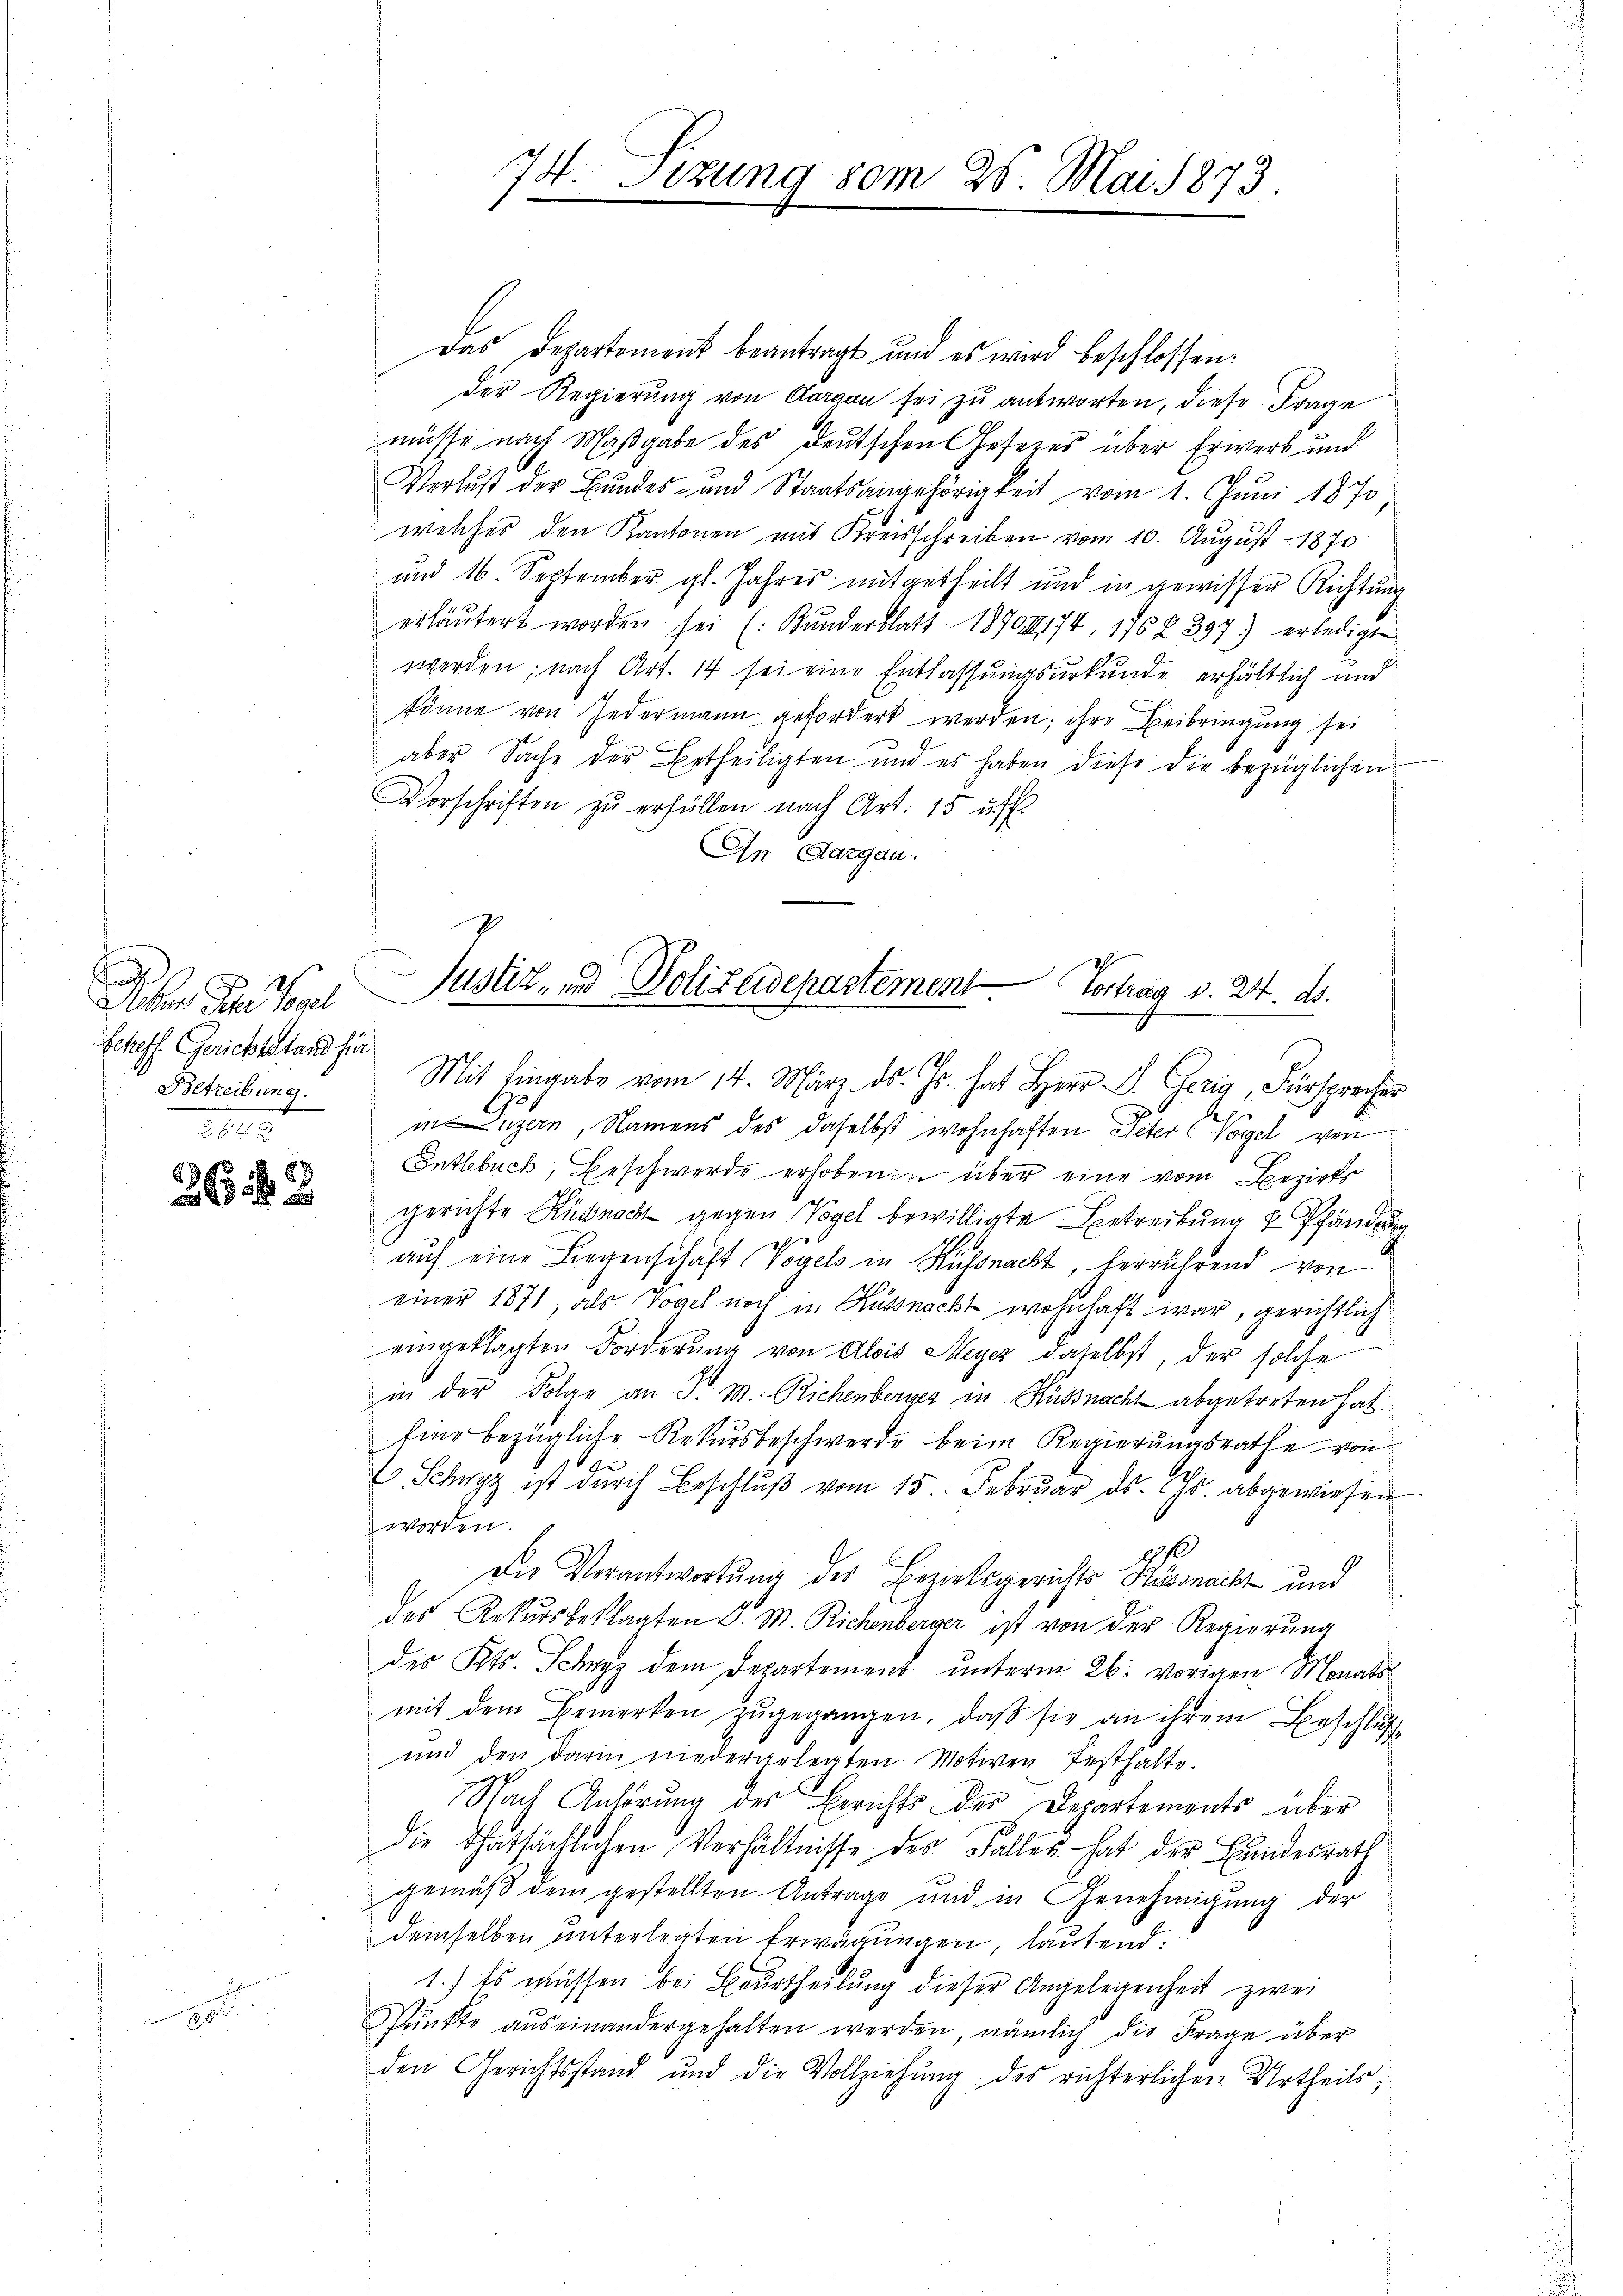
a
Acten Peter Vogel
Scheff Gerichtstand für
Betreibung.
32

89
36

20.

74. Sizung vom 25. Mai 1873.

d

Das Departement beantragt und es wird beschlossen:
der Regierung von Aarvon sei zu antworten, diese Frage
müsse nach Maßgabe des deutschen Gesezes über Erwerb und
Verlust der Bundes- und Staatsangehörigkeit vom 1. Juni 1870;
welches den Kantonen mit Kreisschreiben vom 10. August 1870
und 16. September gl. Jahres mitgetheilt und in gewisser Richtung
erläutert worden sei (: Kunderblatt 1870 174, 176 § 397. erledigte
werden; nach Art. 14 sei eine Entlassungsurkunde erhältlich und
könne von Jedermann gefordert werden; ihre Beibringung sei
aber Sache der Betheiligten und es haben diese die bezüglichen
Vorschriften zu erfüllen nach Art. 15 uff.
In Aargau.
Mit Eingabe vom 14. März. ds. Js. hat Herr D. Gerig, Fürsprecher
s
in Luzern, Namens des daselbst wohnhaften Peter (Vogel von
Entlebuch, Beschwerde erhoben über eine vom Bezirks
gerichte Rüsnach gegen Vogel bewilligte Betreibung & Pfändung
auf eine Liegenschaft Vogels in Küssnacht, verrührend von
einer 1871, als Vogel noch in Russnacht wohnhaft war, gerichtlich
eingeklagten Forderŭng von Alois Meyer daselbst, der solche
in der Folge an J. M. Richenberges in Küssnacht abgetreten hat.
Eine bezügliche Rekursbeschwerde beim Regierungsrathe von
e
C. Schwyz ist durch Beschlŭβ vom 15. Februar d. Js. abgewiesen
worden.
Die Verantwortung des Bezirksgerichts Kussnacht und
des Rekursbeklagten J. M. Richenberger ist von der Regierung
des Kts. Schwyz dem Departement unterm 26. vorigen Monatsmit dem Bemerken zŭgegangen, daβ sie an ihrem Beschluß
und den darin niedergelegten Motiven festhalte.
Nach Anhörung des Berichts der Departements über
die thatsächlichen Verhältnisse des Falles hat der Bundesrath
gemäß dem gestellten Antrage und in Genehmigung der
demselben unterlegten Erwägungen, lautend:
1.) Es müssen bei Beurtheilung dieser Angelegenheit zwei
Pŭnkte aŭseinandergehalten werden, nämlich die Frage über
den Gerichtsstand und die Vollziehŭng des richterlichen Urtheils;

Justiz, und Polizeidepartement Vortrag v. 24. ds.